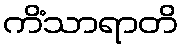
ကိံသာရာတိ